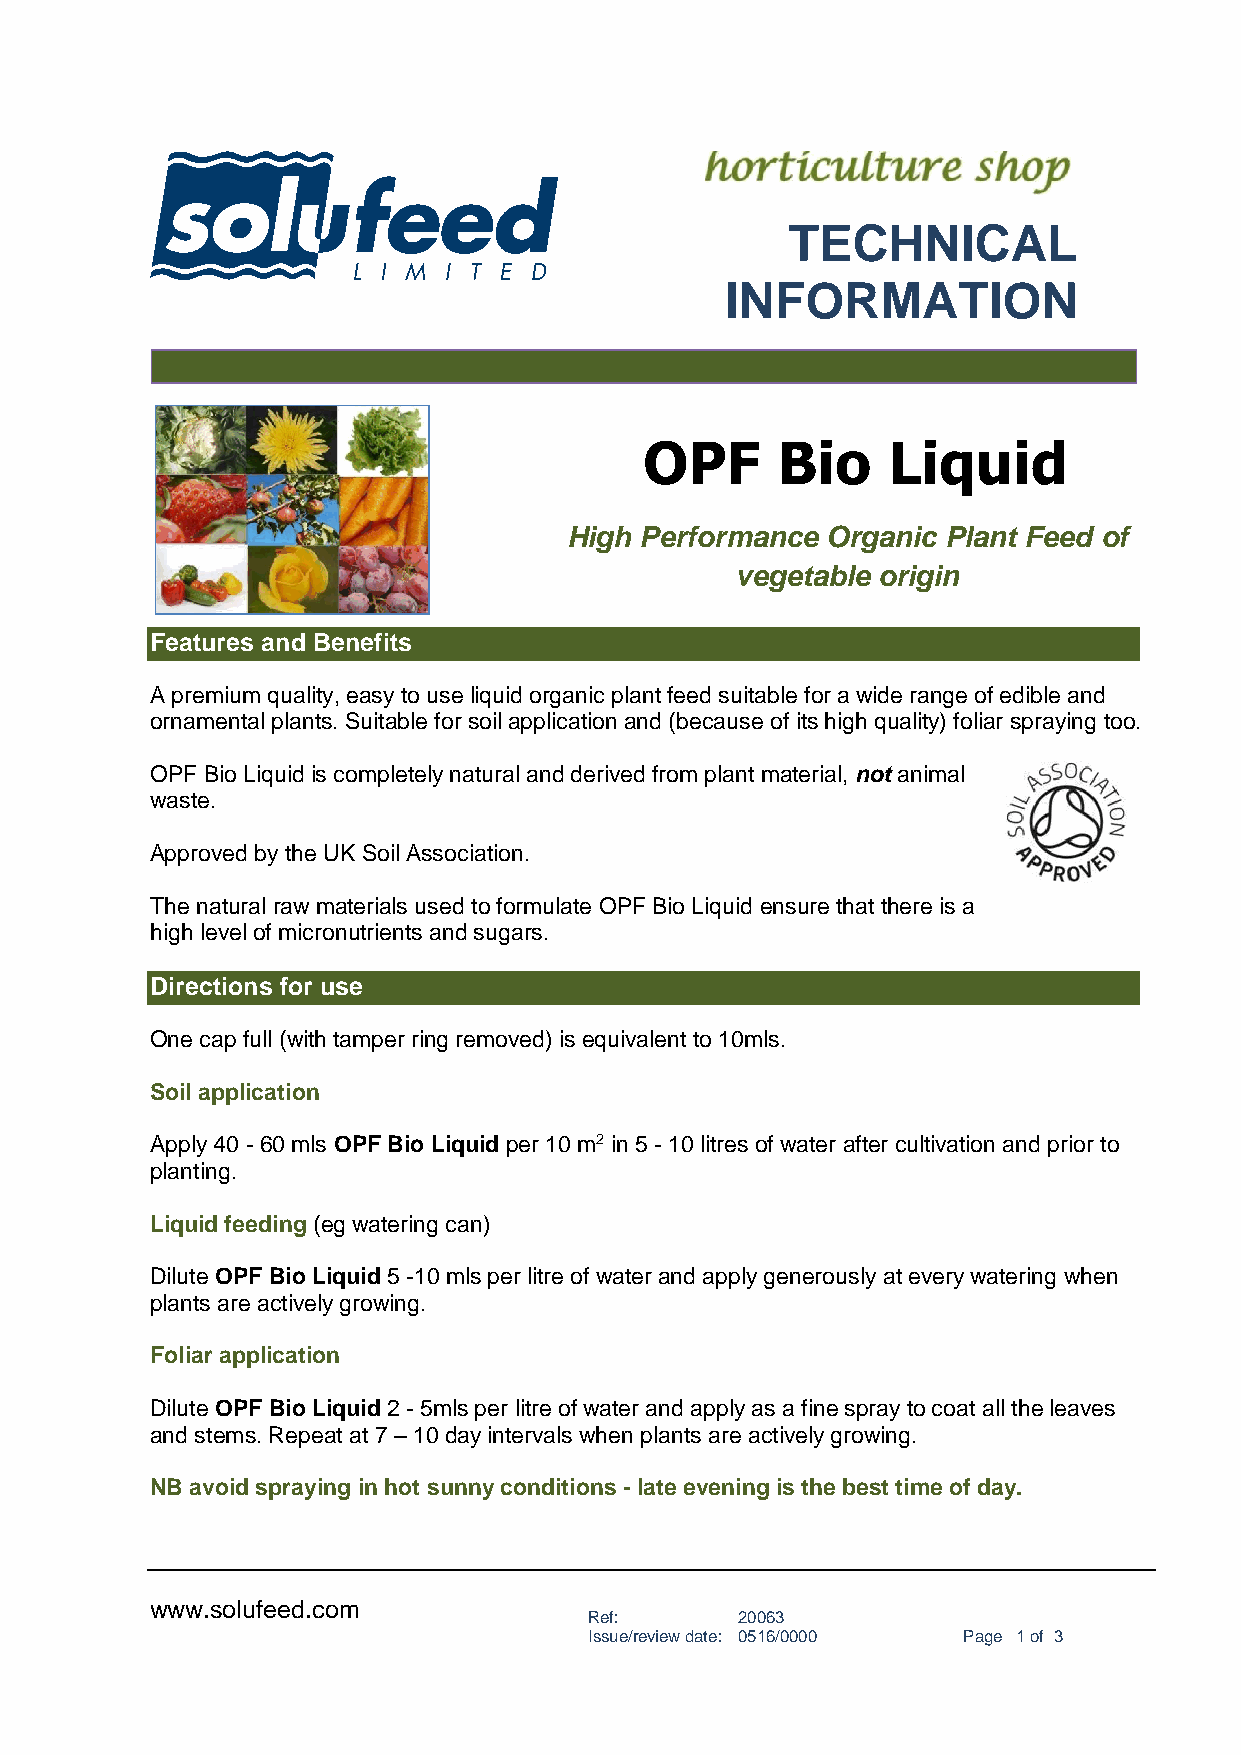
TECHNICAL
 INFORMATION
 OPF     Bio     Liquid
 High Performance  Organic Plant Feed of
 vegetable origin
 Features and Benefits
 A premium quality, easy to use liquid organic plant feed suitable for a wide range of edible and
 ornamental plants. Suitable for soil application and (because of its high quality) foliar spraying too.
 OPF Bio Liquid is completely natural and derived from plant material, not animal
 waste.
 Approved by the UK Soil Association.
 The natural raw materials used to formulate OPF Bio Liquid ensure that there is a
 high level of micronutrients and sugars.
 Directions for use
 One cap full (with tamper ring removed) is equivalent to 10mls.
 Soil application
 Apply 40 - 60 mls OPF Bio Liquid per 10 m2 in 5 - 10 litres of water after cultivation and prior to
 planting.
 Liquid feeding (eg watering can)
 Dilute OPF Bio Liquid 5 -10 mls per litre of water and apply generously at every watering when
 plants are actively growing.
 Foliar application
 Dilute OPF Bio Liquid 2 - 5mls per litre of water and apply as a fine spray to coat all the leaves
 and stems. Repeat at 7 – 10 day intervals when plants are actively growing.
 NB avoid spraying in hot sunny conditions - late evening is the best time of day.
 www.solufeed.com
 Ref:      20063
 Issue/review date: 0516/0000 Page 1 of 3